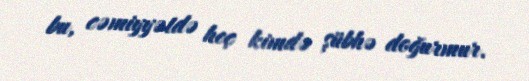
bu, cəmiyyətdə heç kimdə şübhə doğurmur.